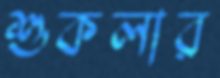
শুকলার